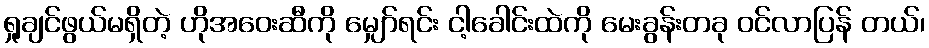
ရှုချင်ဖွယ်မရှိတဲ့ ဟိုအဝေးဆီကို မျှော်ရင်း ငါ့ခေါင်းထဲကို မေးခွန်းတခု ဝင်လာပြန် တယ်၊